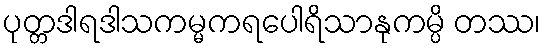
ပုတ္တဒါရဒါသကမ္မကရပေါရိသာနုကမ္ပိ တဿ၊